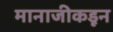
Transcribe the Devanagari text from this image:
मानाजीकडून